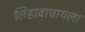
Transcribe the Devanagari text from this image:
लिहावाचायला